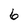
Character: 6